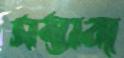
সম্ভাব্য